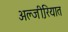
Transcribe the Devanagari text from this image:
अल्जी़रियात